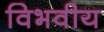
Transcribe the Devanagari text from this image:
विभवीय